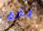
لترى